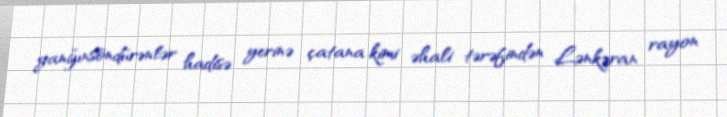
yanğınsöndürənlər hadisə yerinə çatana kimi əhali tərəfindən Lənkəran rayon